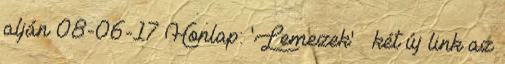
alján 08-06-17 Honlap: 'Lemezek' » két új link az